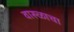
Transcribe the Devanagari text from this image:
वारुळाचा